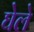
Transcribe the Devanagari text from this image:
घेले